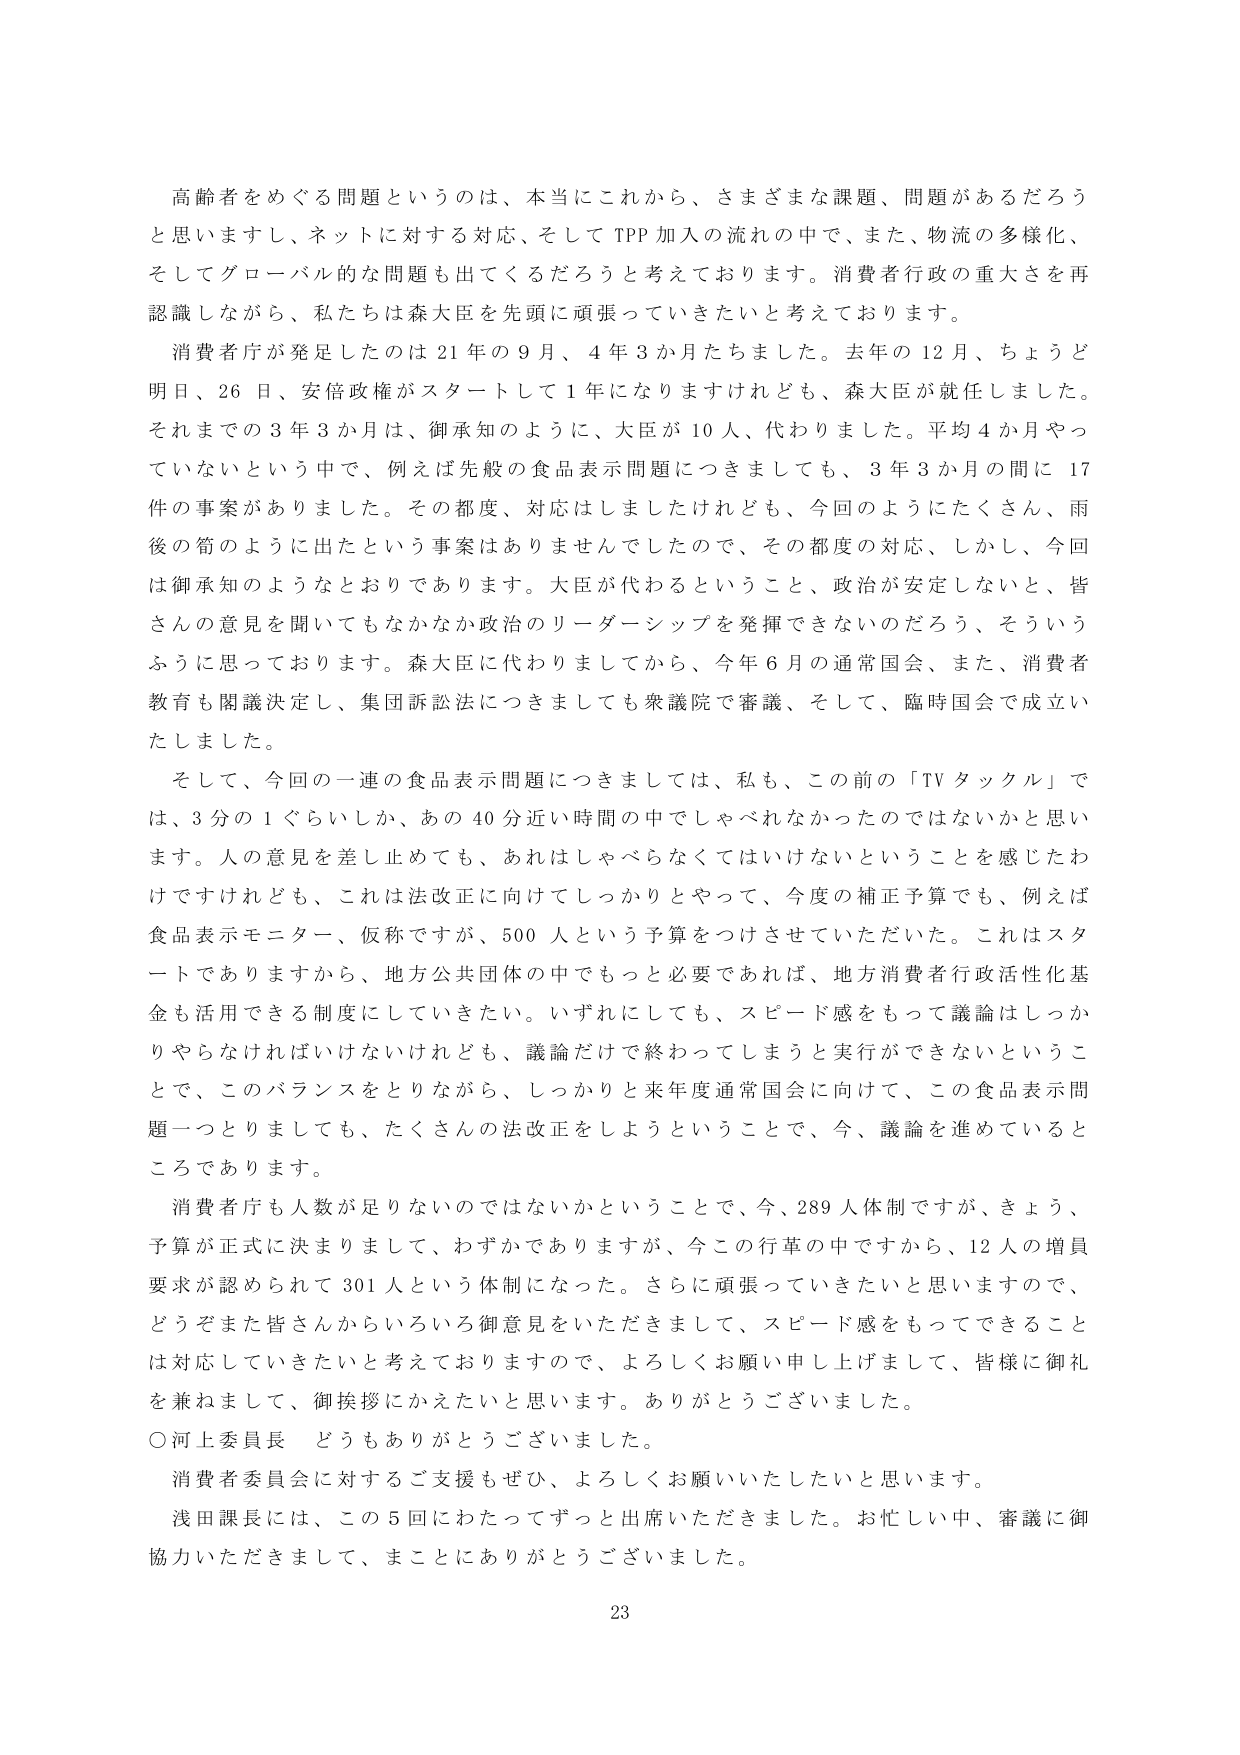
高齢者をめぐる問題というのは、本当にこれから、さまざまな課題、問題があるだろうと思いますし、ネットに対する対応、そしてTPP加入の流れの中で、また、物流の多様化、そしてグローバル的な問題も出てくるだろうと考えております。消費者行政の重大さを再認識しながら、私たちは森大臣を先頭に頑張っていきたいと考えております。

消費者庁が発足したのは21年の9月、4年3か月たちました。去年の12月、ちょうど明日、26日、安倍政権がスタートして1年になりますけれども、森大臣が就任しました。それまでの3年3か月は、御承知のように、大臣が10人、代わりました。平均4か月やっていないという中で、例えば先般の食品表示問題につきましても、3年3か月の間に17件の事案がありました。その都度、対応はしましたけれども、今回のようにたくさん、雨後の筍のように出たという事案はありませんでしたので、その都度の対応、しかし、今回は御承知のようとなっております。大臣が代わるということ、政治が安定しないと、皆さんの意見を聞いてもなかなか政治のリーダーシップを発揮できないのだろう、そういうふうに思っております。森大臣に代わりましてから、今年6月の通常国会、また、消費者教育も閣議決定し、集団訴訟法につきましても衆議院で審議、そして、臨時国会で成立いたしました。

そして、今回の一連の食品表示問題につきましては、私も、この前の「TVタックル」では、3分の1ぐらいしか、あの40分近い時間の中でしゃべれなかったのではないかと思います。人の意見を差し止めても、あれはしゃべらなくてはいけないということを感じたわけですけれども、これは法改正に向けてしっかりとやって、今度の補正予算でも、例えば食品表示モニター、仮称ですが、500人という予算をつけさせていただいた。これはスタートでありますから、地方公共団体の中でもっと必要であれば、地方消費者行政活性化基金も活用できる制度にしていきたい。いずれにしても、スピード感をもって議論はしっかりやらなければいけないけれども、議論だけで終わってしまうと実行ができないということで、このバランスをとりながら、しっかりと来年度通常国会に向けて、この食品表示問題一つとりましても、たくさんの法改正をしようということで、今、議論を進めているところであります。

消費者庁も人数が足りないのではないかということで、今、289人体制ですが、きょう、予算が正式に決まりまして、わずかでありますが、今この行革の中ですから、12人の増員要求が認められて301人という体制になった。さらに頑張っていきたいと思いますので、どうぞまた皆さんからいろいろ御意見をいただきまして、スピード感をもってできることに対応していきたいと考えておりますので、よろしくお願い申し上げまして、皆様に御礼を兼ねまして、御挨拶にかえたいと思います。ありがとうございました。

○河上委員長　どうもありがとうございました。

消費者委員会に対するご支援もぜひ、よろしくお願いいたしたいと思います。

浅田課長には、この5回にわたってずっと出席いただきました。お忙しい中、審議に御協力いただきまして、まことにありがとうございました。

23